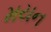
મયન